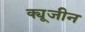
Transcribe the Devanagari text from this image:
क्यूजीन